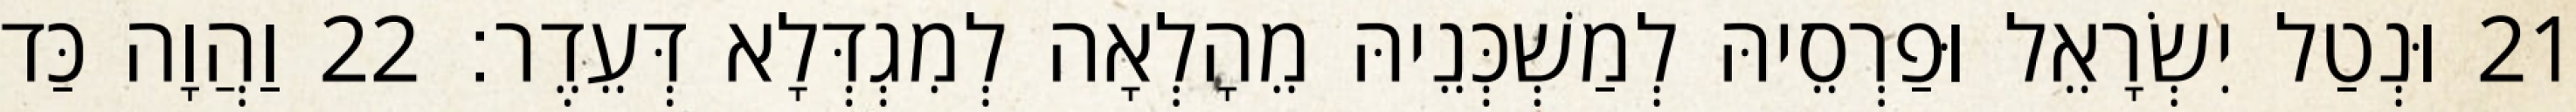
21 וּנְטַל יִשְׂרָאֵל וּפַרְסֵיהּ לְמַשְׁכְּנֵיהּ מֵהָלְאָה לְמִגְדְּלָא דְּעֵדֶר׃ 22 וַהֲוָה כַּד